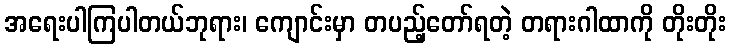
အရေးပါကြပါတယ်ဘုရား၊ ကျောင်းမှာ တပည့်တော်ရတဲ့ တရားဂါထာကို တိုးတိုး